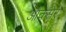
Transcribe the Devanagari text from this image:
औक्सेरे